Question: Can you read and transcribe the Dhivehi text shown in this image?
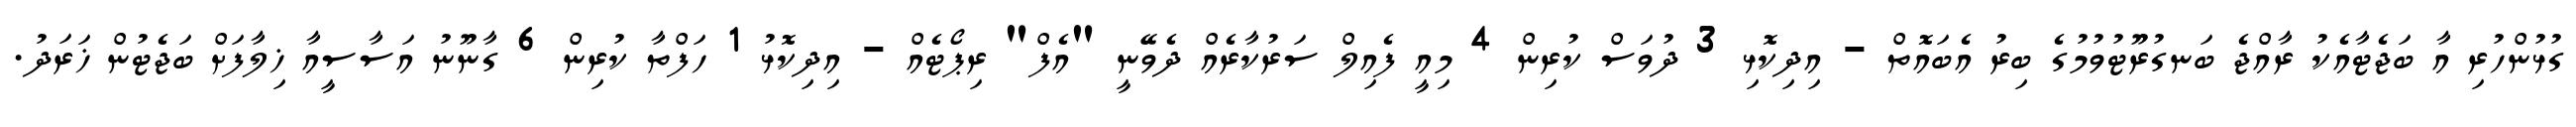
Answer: ގުޅުންހުރި އާ ބަޖެޓާއެކު ރާއްޖެ ބަނގުރޫޓުވުމުގެ ބިރު އެބައޮތް - އިދިކޮޅި 3 ދުވަސް ކުރިން 4 މިއީ ފެއިލް ސަރުކާރެއް ދެވޭނީ "އެފް" ރިޕޯޓެއް - އިދިކޮޅު 1 ހަފްތާ ކުރިން 6 ގާނޫނު އަސާސީއާ ޚިލާފަށް ބަޖެޓުން ޚަރަދު.